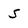
Character: S